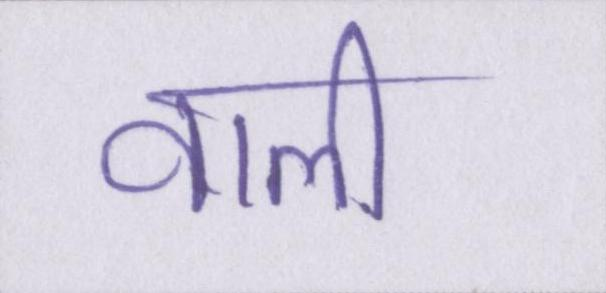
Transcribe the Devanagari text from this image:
वाली